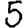
Digit: 5